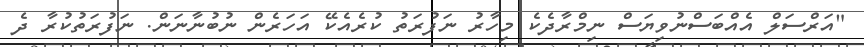
"އަރްސަލް އެއްބަސްނުވިޔަސް ނިމްރާދެކެ މިހާރު ނަފުރަތު ކުރެއެކޭ އަހަރެން ނުބުނާނަން. ނަފުރަތުކުރާ ދެ